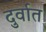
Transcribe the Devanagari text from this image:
दुर्वात